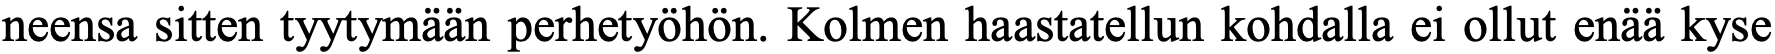
neensa sitten tyytymään perhetyöhön. Kolmen haastatellun kohdalla ei ollut enää kyse